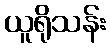
ယူရိုသန်း